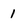
Character: 1